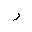
Letter: _ra